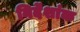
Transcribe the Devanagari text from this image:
निर्देंशांक